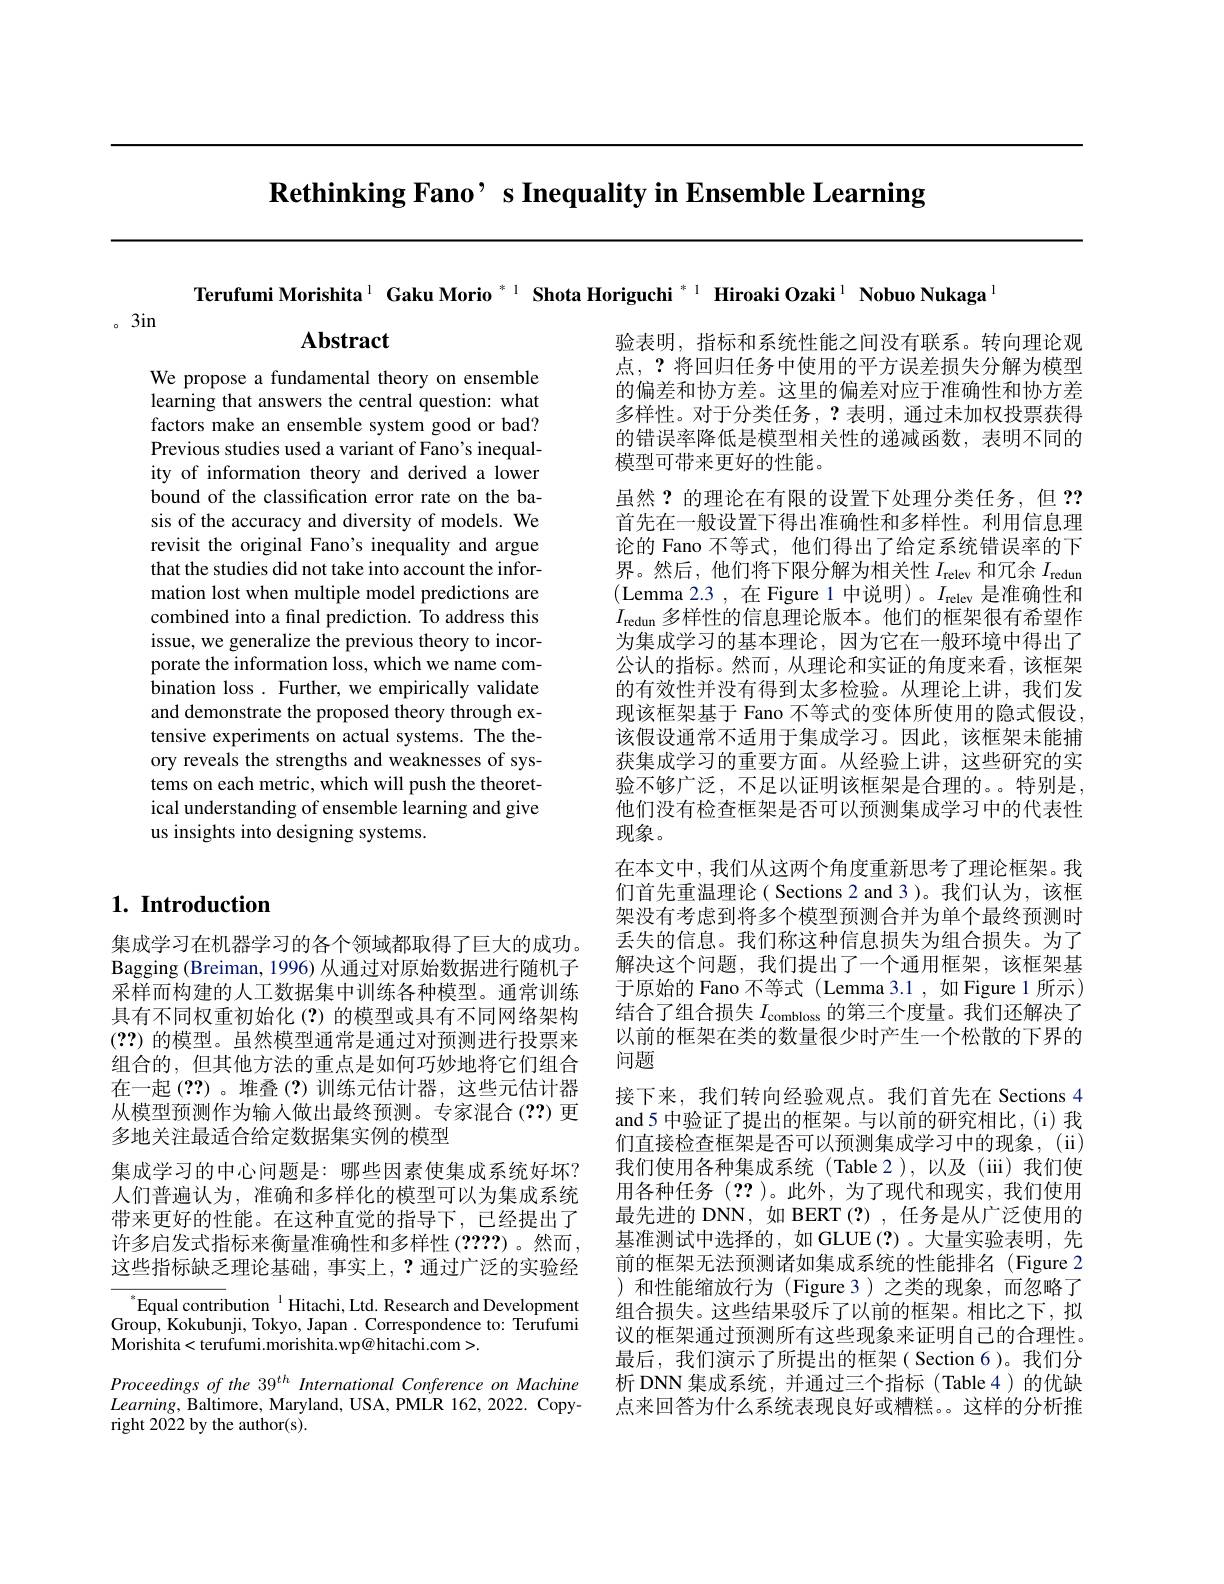
$\textbf{Rethinking Fano’ s Inequality in Ensemble Learning}$

Terufumi Morishita$^{1}$ Gaku Morio $^{*1}$ Shota Horiguchi $^{*1}$ Hiroaki Ozaki$^{1}$ Nobuo Nukaga

。3in

Abstract

We propose a fundamental theory on ensemble learning that answers the central question: what factors make an ensemble system good or bad? Previous studies used a variant of Fano's inequality of information theory and derived a lower bound of the classification error rate on the basis of the accuracy and diversity of models. We revisit the original Fano's inequality and argue that the studies did not take into account the information lost when multiple model predictions are combined into a fınal prediction. To address this issue, we generalize the previous theory to incorporate the information loss, which we name combination loss . Further, we empirically validate and demonstrate the proposed theory through extensive experiments on actual systems. The theory reveals the strengths and weaknesses of systems on each metric, which will push the theoretical understanding of ensemble learning and give us insights into designing systems.

验表明，指标和系统性能之间没有联系。转向理论观点，?将回归任务中使用的平方误差损失分解为模型的偏差和协方差。这里的偏差对应于准确性和协方差多样性。对于分类任务，?表明，通过未加权投票获得的错误率降低是模型相关性的递减函数，表明不同的模型可带来更好的性能。
虽然？的理论在有限的设置下处理分类任务，但？? 首先在一般设置下得出准确性和多样性。利用信息理论的 Fano 不等式，他们得出了给定系统错误率的下界。然后，他们将下限分解为相关性$I_\mathrm{relev}$和冗余$I_\mathrm{redun}$ (Lemma 2.3 ,在 Figure 1 中说明)。$I_\mathrm{relev}$是准确性和$I_{\mathrm{redun}}\tilde{\text{多样性的信息理论版本。他们的框架很有希望作}}$ 为集成学习的基本理论，因为它在一般环境中得出了公认的指标。然而，从理论和实证的角度来看，该框架的有效性并没有得到太多检验。从理论上讲，我们发现该框架基于 Fano 不等式的变体所使用的隐式假设， 该假设通常不适用于集成学习。因此，该框架未能捕获集成学习的重要方面。从经验上讲，这些研究的实验不够广泛，不足以证明该框架是合理的。。特别是， 他们没有检查框架是否可以预测集成学习中的代表性现象。
在本文中，我们从这两个角度重新思考了理论框架。我们首先重温理论( Sections 2 and 3)。我们认为，该框架没有考虑到将多个模型预测合并为单个最终预测时丢失的信息。我们称这种信息损失为组合损失。为了解决这个问题，我们提出了一个通用框架，该框架基于原始的 Fano 不等式 (Lemma 3.1 ,如 Figure 1 所示) 结合了组合损失$I_\mathrm{combloss}$的第三个度量。我们还解决了以前的框架在类的数量很少时产生一个松散的下界的问题
接下来，我们转向经验观点。我们首先在 Sections 4 and 5 中验证了提出的框架。与以前的研究相比，(i) 我们直接检查框架是否可以预测集成学习中的现象，(ii) 我们使用各种集成系统(Table 2),以及(iii)我们使用各种任务(??)。此外，为了现代和现实，我们使用最先进的 DNN, 如 BERT(?), 任务是从广泛使用的基准测试中选择的，如 GLUE(?)。大量实验表明，先前的框架无法预测诸如集成系统的性能排名(Figure 2 )和性能缩放行为(Figure3)之类的现象，而忽略了组合损失。这些结果驳斥了以前的框架。相比之下，拟议的框架通过预测所有这些现象来证明自己的合理性。最后，我们演示了所提出的框架( Section 6)。我们分析 DNN 集成系统，并通过三个指标(Table 4)的优缺点来回答为什么系统表现良好或糟糕。。这样的分析推

## $1. \textbf{Introduction}$

集成学习在机器学习的各个领域都取得了巨大的成功。Bagging (Breiman, 1996) 从通过对原始数据进行随机子采样而构建的人工数据集中训练各种模型。通常训练具有不同权重初始化(?)的模型或具有不同网络架构(??)的模型。虽然模型通常是通过对预测进行投票来组合的，但其他方法的重点是如何巧妙地将它们组合在一起 (??)。堆叠 (?)训练元估计器，这些元估计器从模型预测作为输入做出最终预测。专家混合(??)更多地关注最适合给定数据集实例的模型
集成学习的中心问题是：哪些因素使集成系统好坏？ 人们普遍认为，准确和多样化的模型可以为集成系统带来更好的性能。在这种直觉的指导下，已经提出了许多启发式指标来衡量准确性和多样性(2222)。然而， 这些指标缺乏理论基础，事实上，?通过广泛的实验经

$^{*}$Equal contribution$^{\text{1}}$Hitachi, Ltd. Research and Development Group, Kokubunji, Tokyo, Japan. Correspondence to: Terufumi Morishita< terufumi. morishita. wp@ hitachi. com> .
Proceedings of the 39$^{th}$ International Conference on Machine $Learning$, Baltimore, Maryland, USA, PMLR 162, 2022. Copyright 2022 by the author(s).